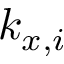
k _ { x , i }